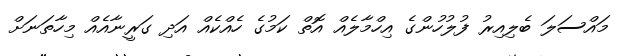
މައްސަލަ ބެލިއިރު ފުލުހުންގެ އިހްމާލެއް އޮތް ކަމުގެ ހެއްކެއް އަދި ގަރީނާއެއް މިހާތަނަށް